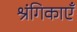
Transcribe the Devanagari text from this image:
श्रंगिकाएँ